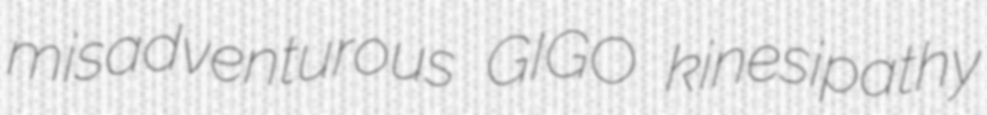
misadventurous GIGO kinesipathy